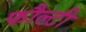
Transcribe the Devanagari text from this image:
फौल्टी